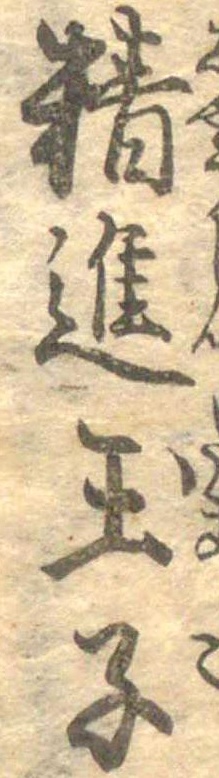
精進玉子